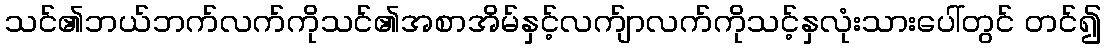
သင်၏ဘယ်ဘက်လက်ကိုသင်၏အစာအိမ်နှင့်လက်ျာလက်ကိုသင့်နှလုံးသားပေါ်တွင် တင်၍